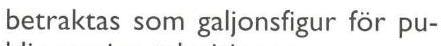
betraktas som galjonsfigur för pu-